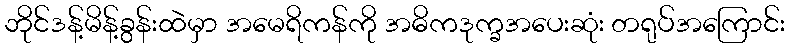
ဘိုင်ဒန့်မိန့်ခွန်းထဲမှာ အမေရိကန်ကို အဓိကဒုက္ခအပေးဆုံး တရုပ်အကြောင်း